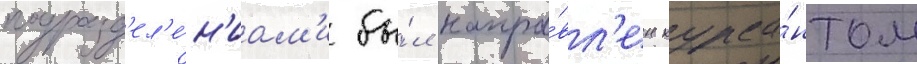
подразд'ел'е́н'иам'и бы́л напра́вл'ен курса́нтом